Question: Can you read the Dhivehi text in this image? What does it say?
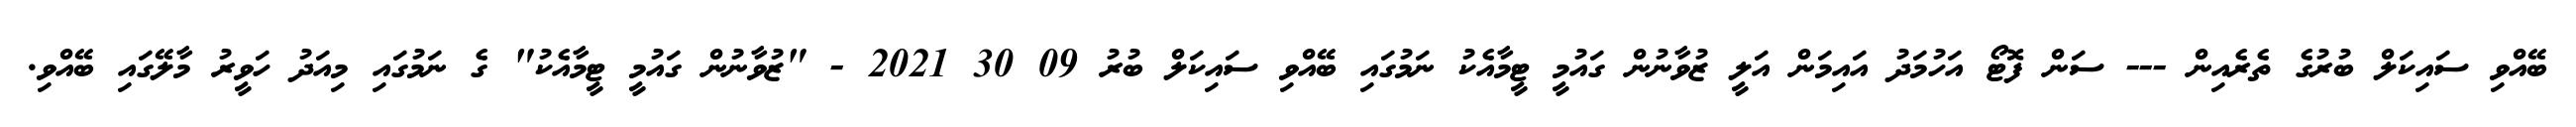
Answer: ބޭއްވި ސައިކަލް ބުރުގެ ތެރެއިން --- ސަން ފޮޓޯ އަހުމަދު އައިމަން އަލީ ޒުވާނުން ގައުމީ ޓީމާއެކު ނަމުގައި ބޭއްވި ސައިކަލް ބުރު 09 30 2021 - "ޒުވާނުން ގައުމީ ޓީމާއެކު" ގެ ނަމުގައި މިއަދު ހަވީރު މާލޭގައި ބޭއްވި.